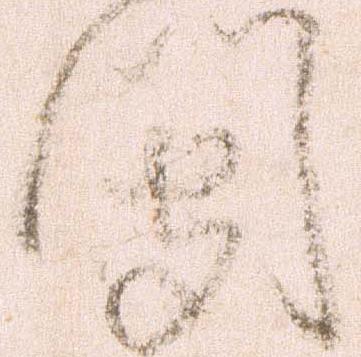
門